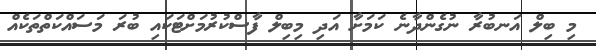
މި ބިލް އަނބުރާ ނުގެންދާނެ ކަމަށާ އަދި މިބިލް ފާސްކުރުމަށްޓަކައި ބުރަ މަސައްކަތްތަކެއް